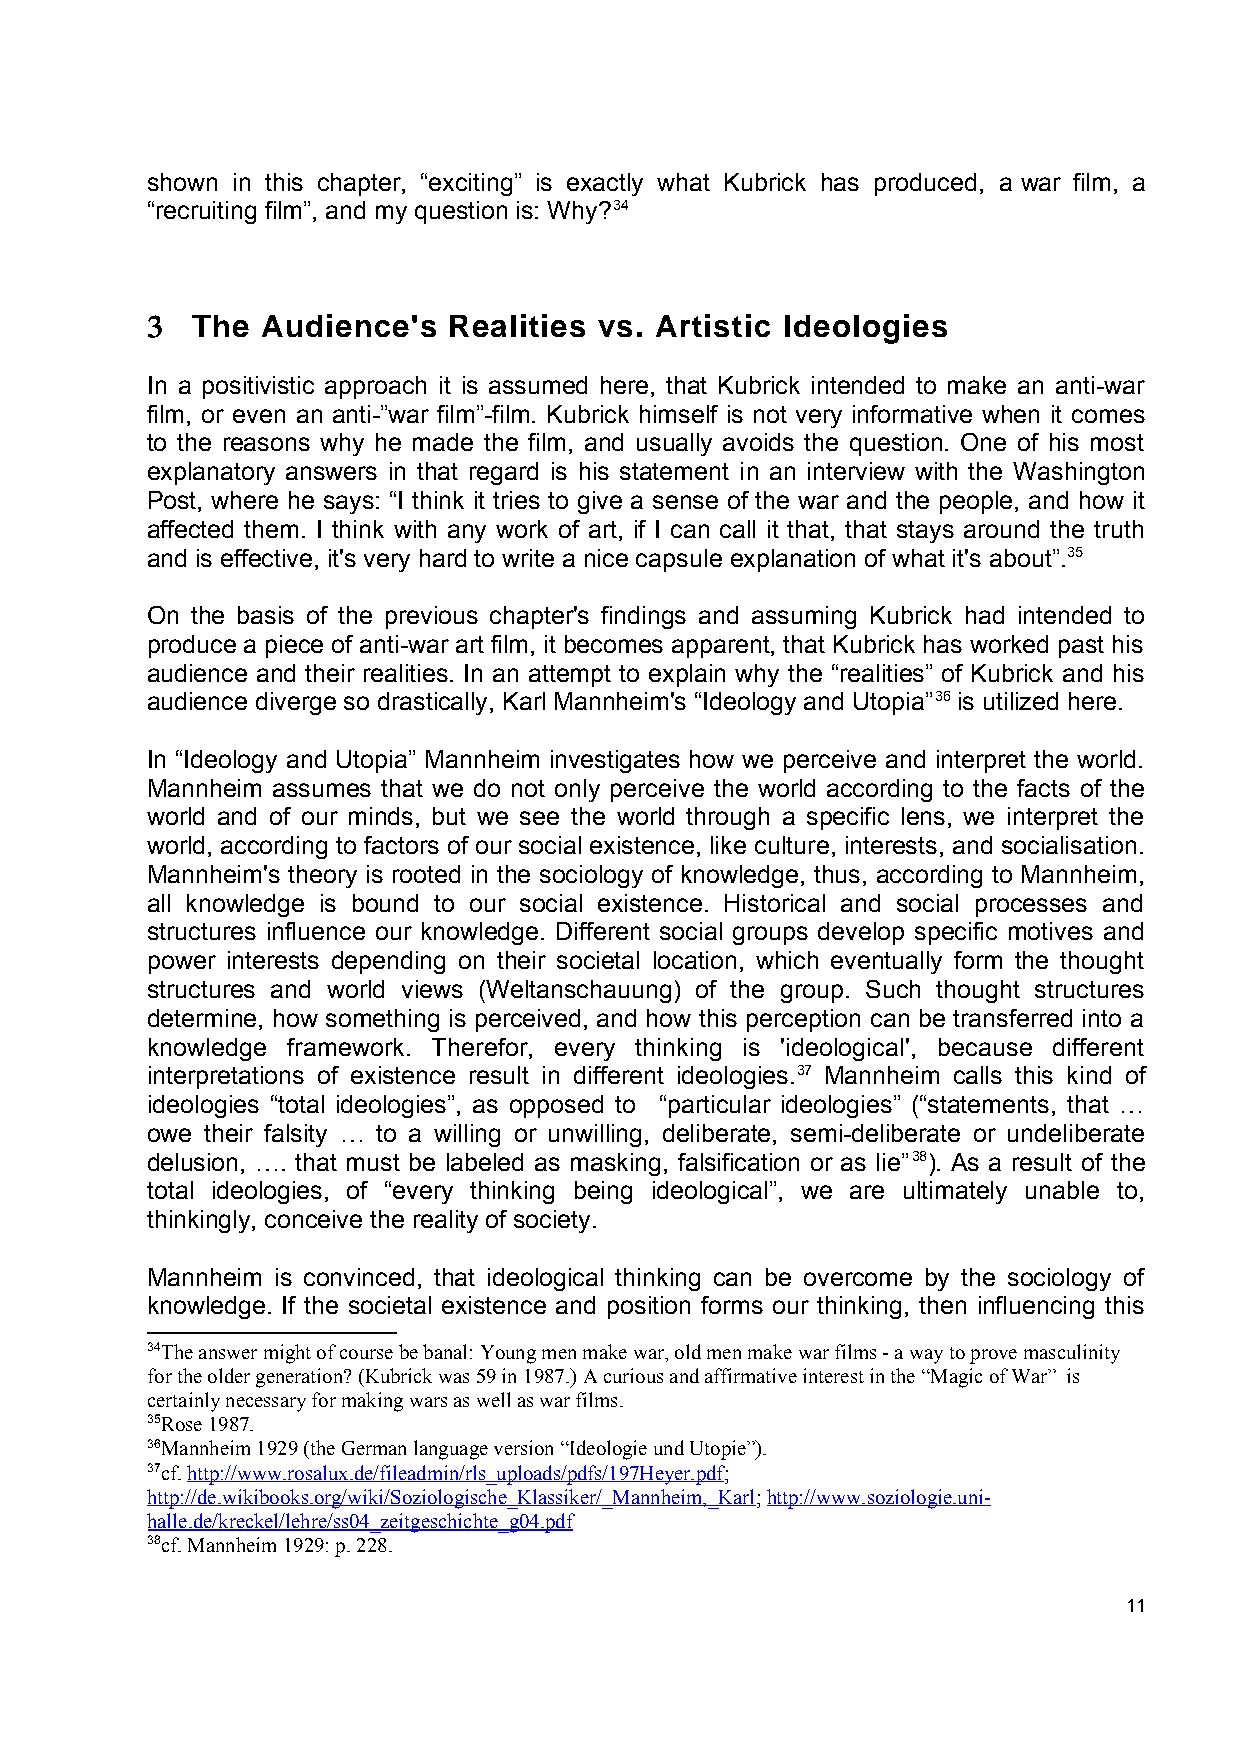
shown in this chapter, “exciting” is exactly what Kubrick has produced, a war film, a
 “recruiting film”, and my question is: Why?34
 3  The Audience's   Realities vs. Artistic Ideologies
 In a positivistic approach it is assumed here, that Kubrick intended to make an anti-war
 film, or even an anti-”war film”-film. Kubrick himself is not very informative when it comes
 to the reasons why he made the film, and usually avoids the question. One of his most
 explanatory answers in that regard is his statement in an interview with the Washington
 Post, where he says: “I think it tries to give a sense of the war and the people, and how it
 affected them. I think with any work of art, if I can call it that, that stays around the truth
 and is effective, it's very hard to write a nice capsule explanation of what it's about”.35
 On the basis of the previous chapter's findings and assuming Kubrick had intended to
 produce a piece of anti-war art film, it becomes apparent, that Kubrick has worked past his
 audience and their realities. In an attempt to explain why the “realities” of Kubrick and his
 audience diverge so drastically, Karl Mannheim's “Ideology and Utopia”36 is utilized here.
 In “Ideology and Utopia” Mannheim investigates how we perceive and interpret the world.
 Mannheim assumes that we do not only perceive the world according to the facts of the
 world and of our minds, but we see the world through a specific lens, we interpret the
 world, according to factors of our social existence, like culture, interests, and socialisation.
 Mannheim's theory is rooted in the sociology of knowledge, thus, according to Mannheim,
 all knowledge is bound to our social existence. Historical and social processes and
 structures influence our knowledge. Different social groups develop specific motives and
 power interests depending on their societal location, which eventually form the thought
 structures and world views (Weltanschauung) of the group. Such thought structures
 determine, how something is perceived, and how this perception can be transferred into a
 knowledge framework. Therefor, every thinking is 'ideological', because different
 interpretations of existence result in different ideologies.37 Mannheim calls this kind of
 ideologies “total ideologies”, as opposed to “particular ideologies” (“statements, that …
 owe their falsity … to a willing or unwilling, deliberate, semi-deliberate or undeliberate
 delusion, …. that must be labeled as masking, falsification or as lie”38). As a result of the
 total ideologies, of “every thinking being ideological”, we are ultimately unable to,
 thinkingly, conceive the reality of society.
 Mannheim is convinced, that ideological thinking can be overcome by the sociology of
 knowledge. If the societal existence and position forms our thinking, then influencing this
 34The answer might of course be banal: Young men make war, old men make war films - a way to prove masculinity
 for the older generation? (Kubrick was 59 in 1987.) A curious and affirmative interest in the “Magic of War” is
 certainly necessary for making wars as well as war films.
 35Rose 1987.
 36Mannheim 1929 (the German language version “Ideologie und Utopie”).
 37cf. http://www.rosalux.de/fileadmin/rls_uploads/pdfs/197Heyer.pdf;
 http://de.wikibooks.org/wiki/Soziologische_Klassiker/_Mannheim,_Karl; http://www.soziologie.uni-
 halle.de/kreckel/lehre/ss04_zeitgeschichte_g04.pdf
 38cf. Mannheim 1929: p. 228.
 11